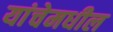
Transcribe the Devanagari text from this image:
यांचेमधील